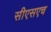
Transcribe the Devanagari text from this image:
सीएसएच